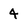
Character: 4